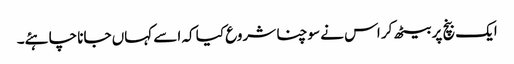
ایک بنچ پر بیٹھ کر اس نے سوچنا شروع کیا کہ اسے کہاں جانا چاہئے۔